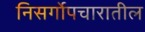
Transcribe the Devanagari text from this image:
निसर्गोपचारातील